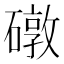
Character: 礅